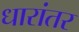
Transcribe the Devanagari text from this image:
धारांतर